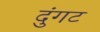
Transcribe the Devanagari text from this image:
दुंगट